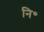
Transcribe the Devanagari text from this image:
नि॰